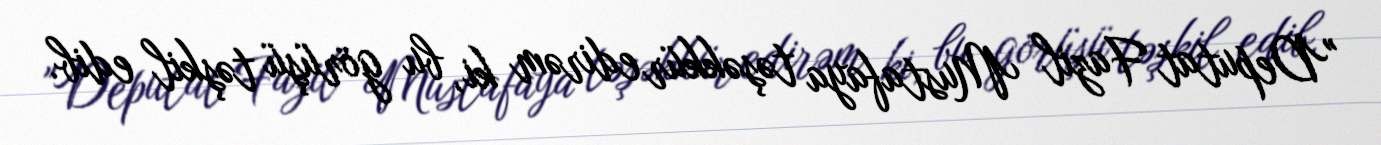
"Deputat Fazil Mustafaya təşəkkür edirəm ki, bu görüşü təşkil edib.